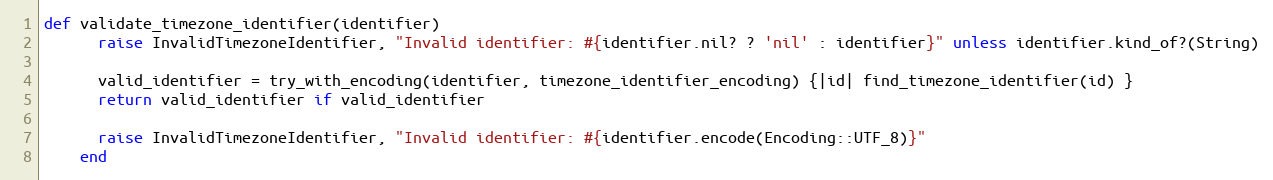
Language: Ruby
def validate_timezone_identifier(identifier)
      raise InvalidTimezoneIdentifier, "Invalid identifier: #{identifier.nil? ? 'nil' : identifier}" unless identifier.kind_of?(String)

      valid_identifier = try_with_encoding(identifier, timezone_identifier_encoding) {|id| find_timezone_identifier(id) }
      return valid_identifier if valid_identifier

      raise InvalidTimezoneIdentifier, "Invalid identifier: #{identifier.encode(Encoding::UTF_8)}"
    end